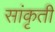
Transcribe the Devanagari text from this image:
सांकृती